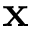
\mathbf { x }